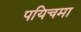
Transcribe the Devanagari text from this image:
पयिचमा